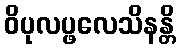
ဝိပုလပ္ဖလေသိနန္တိ